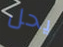
يحل